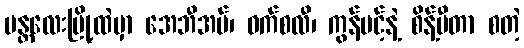
မန္တလေးမြို့ထဲမှာ အေဘီအမ်၊ ဝက်စလီ၊ ကွန်ဗင့်နဲ့ စိန့်ပီတာ စတဲ့